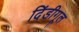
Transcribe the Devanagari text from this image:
दिंडीगूल